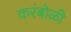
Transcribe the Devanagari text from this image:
करंबोळी